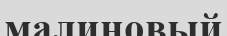
малиновый